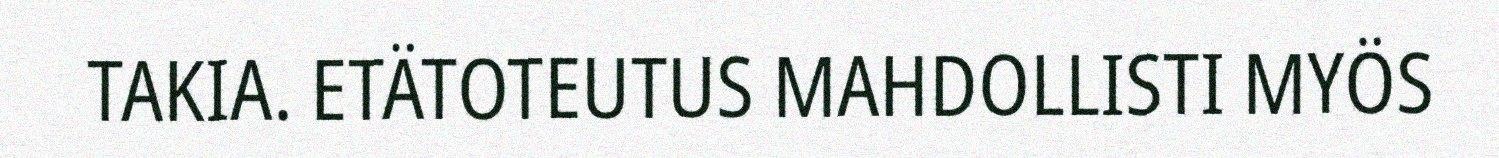
TAKIA. ETÄTOTEUTUS MAHDOLLISTI MYÖS